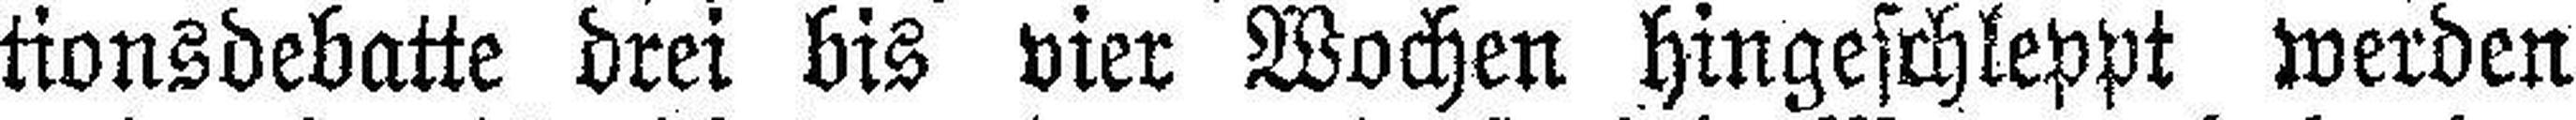
tionsdebatte drei bis vier Wochen hingeschleppt werden